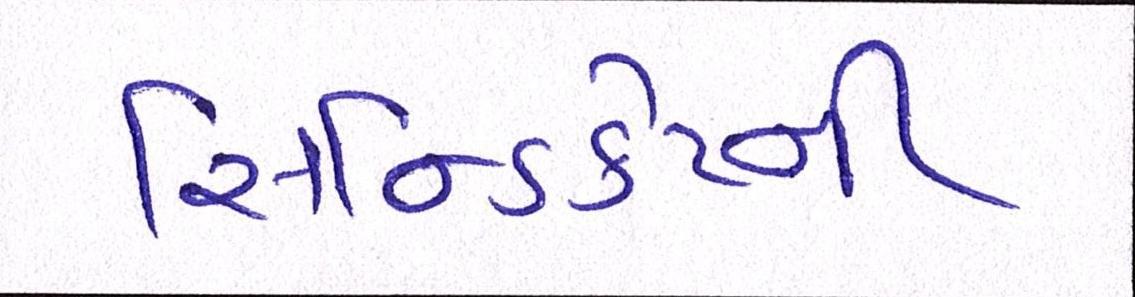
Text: સિન્ડિકેટની